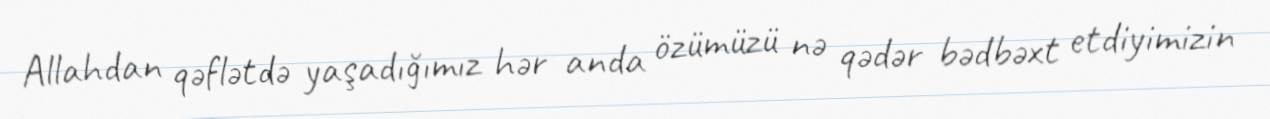
Allahdan qəflətdə yaşadığımız hər anda özümüzü nə qədər bədbəxt etdiyimizin